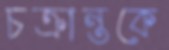
চক্রান্তকে